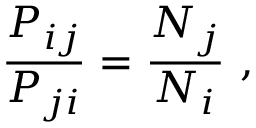
{ \frac { P _ { i j } } { P _ { j i } } } = { \frac { N _ { j } } { N _ { i } } } ~ ,